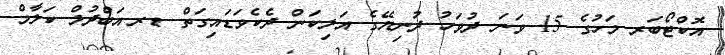
އޮކްޓޯބަރ މަހުގެ 15 ވަނަ ދުވަހު ދުނިޔޭގެ އަލިކަން ދެކެވަޑައިގަތް ޑރ.އަބްދުލް ކަލާމް